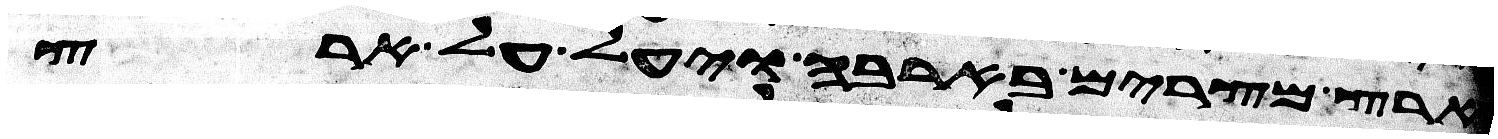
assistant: ארץ מצרים בארבה ויעל על ארץ